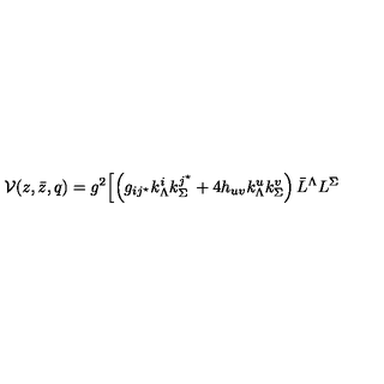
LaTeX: { \mathcal V } ( z , \bar { z } , q ) = g ^ { 2 } \Bigl [ \left( g _ { i j ^ { \star } } k _ { \Lambda } ^ { i } k _ { \Sigma } ^ { j ^ { \star } } + 4 h _ { u v } k _ { \Lambda } ^ { u } k _ { \Sigma } ^ { v } \right) \bar { L } ^ { \Lambda } L ^ { \Sigma }